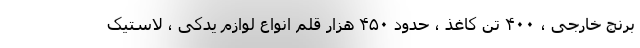
برنج خارجی ، ۴۰۰ تن کاغذ ، حدود ۴۵۰ هزار قلم انواع لوازم یدکی ، لاستیک